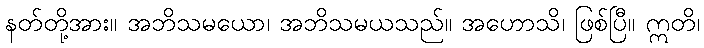
နတ်တို့အား။ အဘိသမယော၊ အဘိသမယသည်။ အဟောသိ၊ ဖြစ်ပြီ။ ဣတိ၊